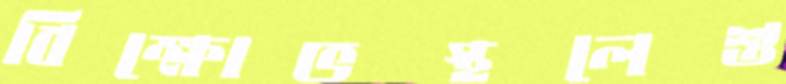
বিক্ষোভস্থলেশু